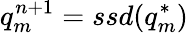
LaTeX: q_{m}^{n+1}=ssd(q_{m}^{*})